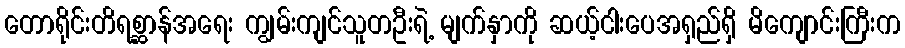
တောရိုင်းတိရစ္ဆာန်အရေး ကျွမ်းကျင်သူတဦးရဲ့ မျက်နှာကို ဆယ့်ငါးပေအရှည်ရှိ မိကျောင်းကြီးက